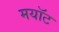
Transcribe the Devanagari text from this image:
मयॉट